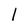
Character: l